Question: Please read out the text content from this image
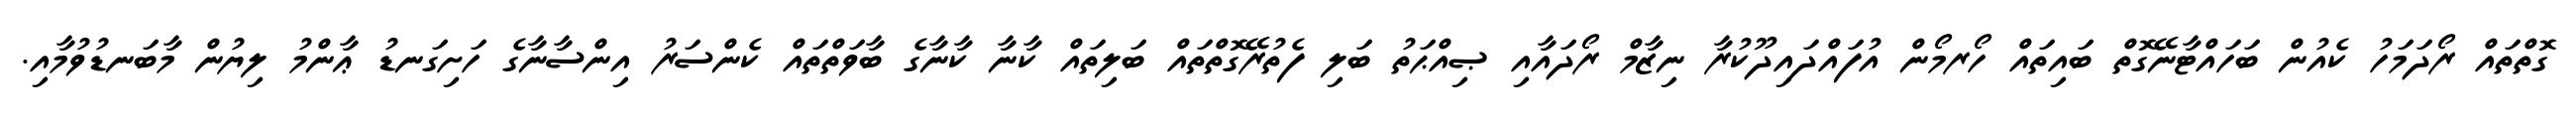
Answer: ގޮތްތައް ރޯދަމަހު ކެއުން ބަހައްޓާނޭގޮތް ބައިތައް ހޯރމޯން އުފައްދައިދޫކުރާ ނިޒާމް ރޯދައާއި ޞިއްޙަތު ބަލި ފެތުރޭގޮތްތައް ބަލިތައް ކާނާ ކާނާގެ ބާވަތްތައް ކެންސަރު އިންސާނާގެ ހަށިގަނޑު ޢާންމު ލިޔުން މާބަނޑުވުމާއި.